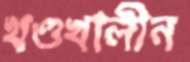
খণ্ডখালীন